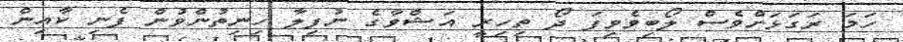
ހަމަ ރަގަޅަށްވެސް ލޯބިވެވިފަ ދޯ ތިހިރީ އަޝްވާގެ ނުފިލާ ހިނިތުންވުން ފެނި ކާއިން